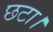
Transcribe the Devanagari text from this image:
छटा।